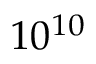
1 0 ^ { 1 0 }